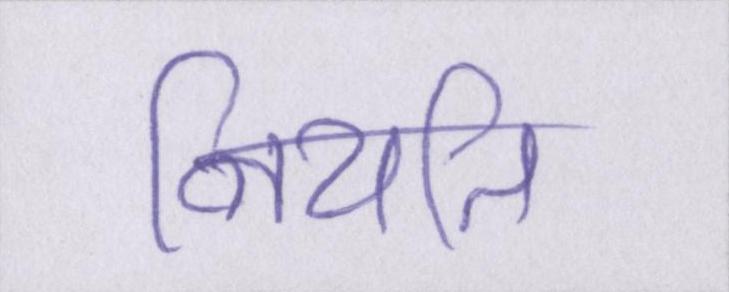
नियति